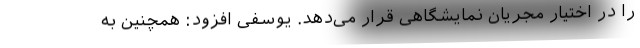
را در اختیار مجریان نمایشگاهی قرار می‌دهد. یوسفی افزود: همچنین به